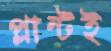
প্লান্টই